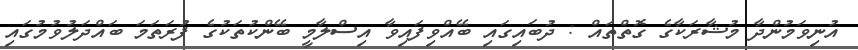
އުނިވަމުންދާ މުޝާރަކާގެ ގޮތްތައް : ދުބައިގައި ބޭއްވިފައިވާ އިސްލާމީ ބޭންކުތަކުގެ ފުރަތަމަ ބައްދަލުވުމުގައި